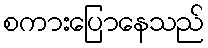
စကားပြောနေသည်